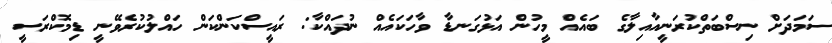
ސަމަދަށް ނިސްބަތްކުރަނީއާއިލާގެ ބައެއް މީހުން އަޅުގަނޑާ ވާހަކައެއް ނުދައްކާ: ރައީސްކަންކަން ހައްލުކުރެވޭނީ ޑިމޮކްރަސީ